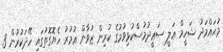
މުޙައްމަދު ޝަހީމް ޢަލީ ސަޢީދުމުސްކުޅިވުމުގެ ކުރިން ޒުވާން ޢުމުރު ހެޔޮގޮތުގައި ހޭދަކުރުން 3